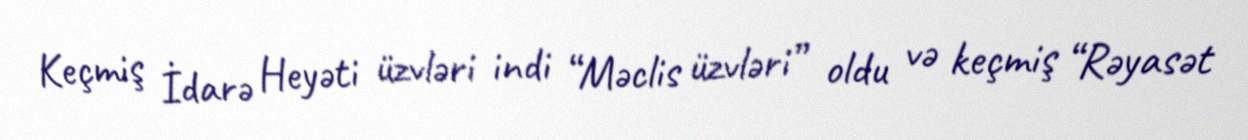
Keçmiş İdarə Heyəti üzvləri indi “Məclis üzvləri” oldu və keçmiş “Rəyasət